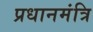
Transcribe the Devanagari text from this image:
प्रधानमंत्रि